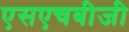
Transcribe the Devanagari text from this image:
एसएचबीजी